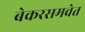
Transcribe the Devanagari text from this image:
बेकरसमवेत